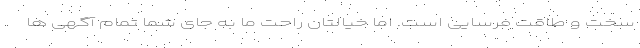
سخت و طاقت فرسایی است. اما خیالتان راحت ما به جای شما تمام آگهی ها